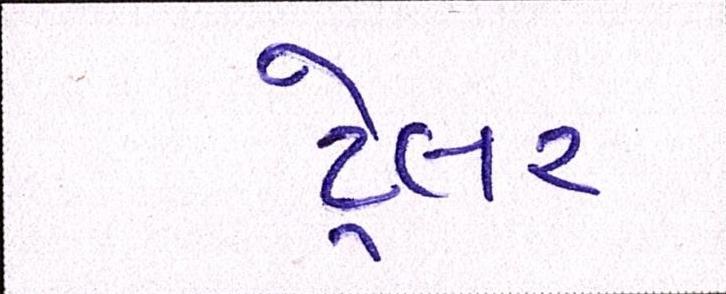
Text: ટ્રેલર